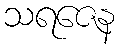
သရဇေန